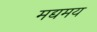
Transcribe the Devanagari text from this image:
मद्यमय